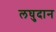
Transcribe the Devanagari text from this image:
लघुदान